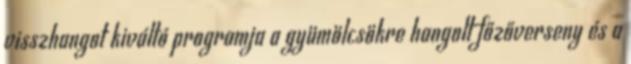
visszhangot kiváltó programja a gyümölcsökre hangolt főzőverseny és a